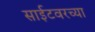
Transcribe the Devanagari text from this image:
साईटवरच्या